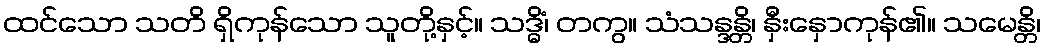
ထင်သော သတိ ရှိကုန်သော သူတို့နှင့်။ သဒ္ဓိံ၊ တကွ။ သံသန္ဒန္တိ၊ နှီးနှောကုန်၏။ သမေန္တိ၊